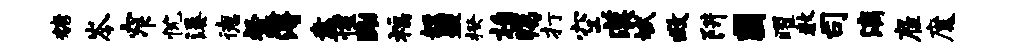
糖岑窄忱溪德粲簿盍惺黝福短盟揆柏痍打空漠斌救阱圃曜数司漓雇魔